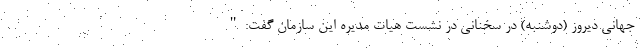
جهانی دیروز (دوشنبه) در سخنانی در نشست هیات مدیره این سازمان گفت:"